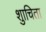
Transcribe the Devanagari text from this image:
शुाचिता